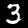
Digit: 3